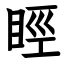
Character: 䀴